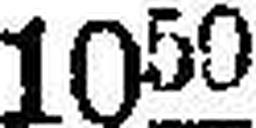
1050